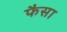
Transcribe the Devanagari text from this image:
फैसा